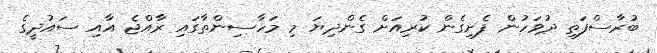
ބުރާސްފަތި ދުވަހުން ފެށިގެން ކުރިއަށް ގެންދިޔަ މި މަހާސިންތާގައި ރާއްޖެ އާއި ސައުދީގެ